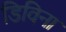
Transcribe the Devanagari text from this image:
डिविना